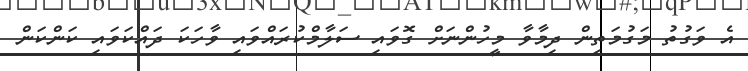
އެ ވަގުތު މަގުމަތިން ދިމާވާ މީހުންނަށް ގޮވައި ސަލާމްކުރައްވައި ވާހަކަ ދައްކަވައި ކަންކަން